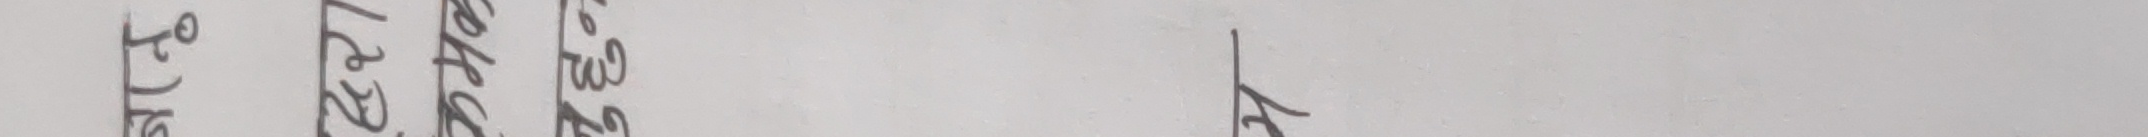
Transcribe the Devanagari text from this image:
श्री ५
२०२२
साउन २०
२८३२१
२०